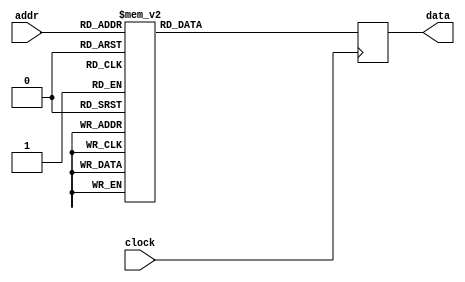
//
// Copyright 2011 Ettus Research LLC
//
// This program is free software: you can redistribute it and/or modify
// it under the terms of the GNU General Public License as published by
// the Free Software Foundation, either version 3 of the License, or
// (at your option) any later version.
//
// This program is distributed in the hope that it will be useful,
// but WITHOUT ANY WARRANTY; without even the implied warranty of
// MERCHANTABILITY or FITNESS FOR A PARTICULAR PURPOSE.  See the
// GNU General Public License for more details.
//
// You should have received a copy of the GNU General Public License
// along with this program.  If not, see <http://www.gnu.org/licenses/>.
//



module coeff_rom (input clock, input [2:0] addr, output reg [15:0] data);

   always @(posedge clock)
     case (addr)
       3'd0 : data <= #1 -16'd49;
       3'd1 : data <= #1 16'd165;
       3'd2 : data <= #1 -16'd412;
       3'd3 : data <= #1 16'd873;
       3'd4 : data <= #1 -16'd1681;
       3'd5 : data <= #1 16'd3135;
       3'd6 : data <= #1 -16'd6282;
       3'd7 : data <= #1 16'd20628;
     endcase // case(addr)
      
endmodule // coeff_rom